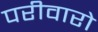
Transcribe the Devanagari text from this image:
परीवारो